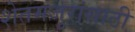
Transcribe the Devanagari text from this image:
शेतमजुरांसाठी